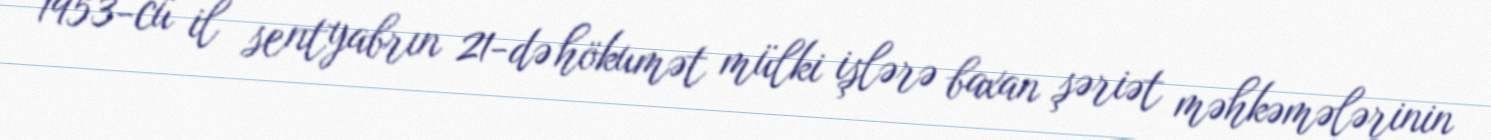
1953-cü il sentyabrın 21-də hökumət mülki işlərə baxan şəriət məhkəmələrinin